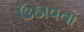
ઉઠાવતા